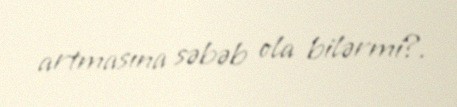
artmasına səbəb ola bilərmi?.